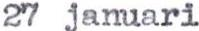
27 januari